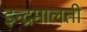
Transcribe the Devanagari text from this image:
इन्द्रमालती